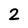
Character: 2